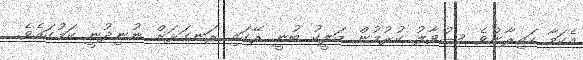
އެކަމާ ހައިރާންވެ ސުވާލު ކުރުމުން މަލީކު ބުނީ ރޭގައި ރަނގަޅަށް ނުނިދުނީ ކަމުގައެވެ.